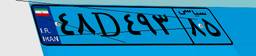
۵۴D۶۰۴۵۸